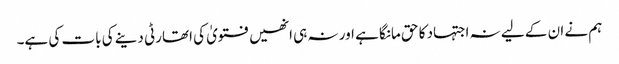
ہم نے ان کے لیے نہ اجتہاد کا حق مانگا ہے اور نہ ہی انھیں فتویٰ کی اتھارٹی دینے کی بات کی ہے۔